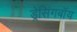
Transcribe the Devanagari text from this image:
ड्रेसिंगबॉय